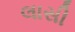
લાસી